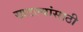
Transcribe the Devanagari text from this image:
खटल्यांसाठी